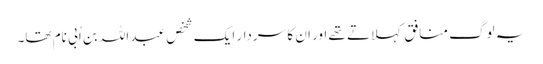
یہ لوگ منافق کہلاتے تھے اور ان کا سردار ایک شخص عبد اللہ بن اُبی نام تھا۔